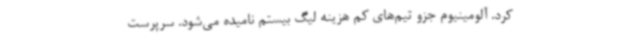
کرد. آلومینیوم جزو تیم‌های کم هزینه لیگ بیستم نامیده می‌شود. سرپرست